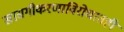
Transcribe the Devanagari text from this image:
खासगीकरणाविरोधातही